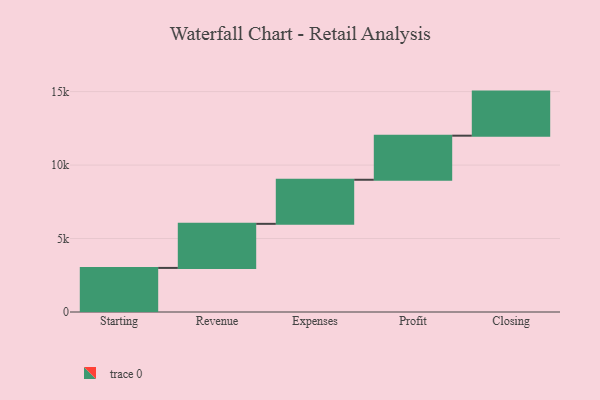
{"axis": {"x": "Step", "y": "Value"}, "legend": [""], "data": [{"x": "Starting", "y": 3000, "type": ""}, {"x": "Revenue", "y": 3000, "type": ""}, {"x": "Expenses", "y": 3000, "type": ""}, {"x": "Profit", "y": 3000, "type": ""}, {"x": "Closing", "y": 3000, "type": ""}]}